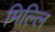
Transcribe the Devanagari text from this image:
मिल्लि